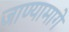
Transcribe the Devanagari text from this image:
जाण्यामागे